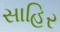
સાહિર